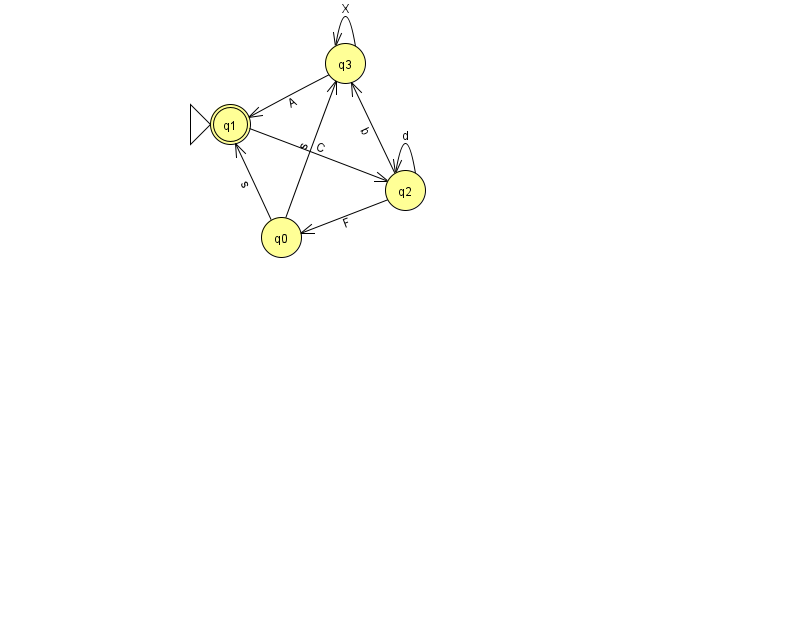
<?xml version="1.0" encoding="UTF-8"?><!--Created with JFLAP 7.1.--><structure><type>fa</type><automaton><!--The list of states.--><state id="0" name="q0"><x>281.0</x><y>224.0</y></state><state id="1" name="q1"><x>230.0</x><y>111.0</y><initial/><final/></state><state id="2" name="q2"><x>405.0</x><y>177.0</y></state><state id="3" name="q3"><x>345.0</x><y>50.0</y></state><!--The list of transitions.--><transition><from>0</from><to>1</to><read>s</read></transition><transition><from>2</from><to>2</to><read>d</read></transition><transition><from>2</from><to>3</to><read>b</read></transition><transition><from>3</from><to>3</to><read>X</read></transition><transition><from>3</from><to>1</to><read>A</read></transition><transition><from>2</from><to>0</to><read>F</read></transition><transition><from>0</from><to>3</to><read>s</read></transition><transition><from>1</from><to>2</to><read>C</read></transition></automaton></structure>